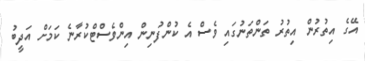
އޭގެ އިތުރުން އިތުރު ތަންތަނުގައި ވެސް އެ ކުންފުނިން އިންވެސްޓްކުރާނެ ކަމަށް އަދީބު